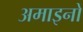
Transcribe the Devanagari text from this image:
अमाइनों